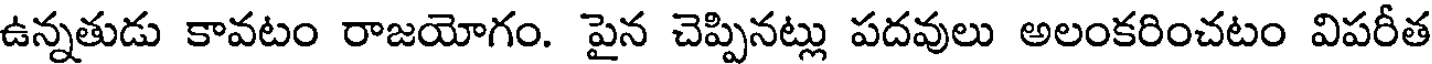
ఉన్నతుడు కావటం రాజయోగం. పైన చెప్పినట్లు పదవులు అలంకరించటం విపరీత